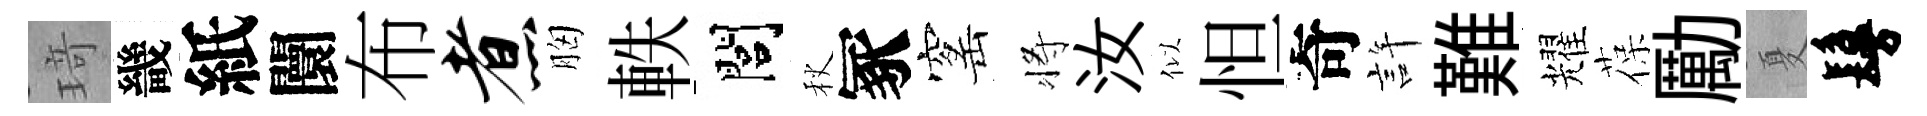
𤦺畿紙闤布煮胸軼閭秋冢窰将汝似怛奇許難耀葆勵夏鬘